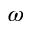
\omega